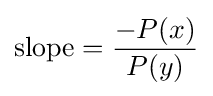
{\text{slope}}={\frac {-P(x)}{P(y)}}